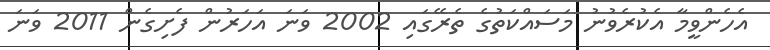
އެހެންވީމާ އެކުރެވުނު މަސައްކަތުގެ ތެރޭގައި 2002 ވަނަ އަހަރުން ފެށިގެން 2011 ވަނަ